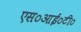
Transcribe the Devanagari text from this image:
एस०आई०टी०